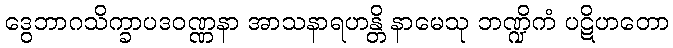
ဒွေဘာဂသိက္ခာပဒဝဏ္ဏနာ အာသနာရဟန္တိ နာမေသု ဘဏ္ဍိကံ ပဋိဟတော